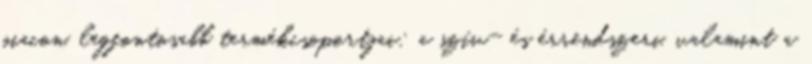
piacon, legfontosabb termékcsoportjai: a szív- és érrendszeri, valamint a